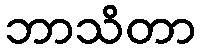
ဘာသိတာ